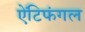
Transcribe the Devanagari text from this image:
ऐंटिफंगल